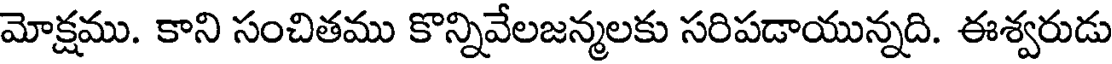
మోక్షము. కాని సంచితము కొన్నివేలజన్మలకు సరిపడాయున్నది. ఈశ్వరుడు